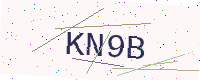
Text: KN9B